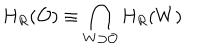
LaTeX: H _ { R } ( { \cal O } ) \equiv \bigcap _ { W \supset { \cal O } } H _ { R } ( W )